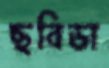
ছবিডা